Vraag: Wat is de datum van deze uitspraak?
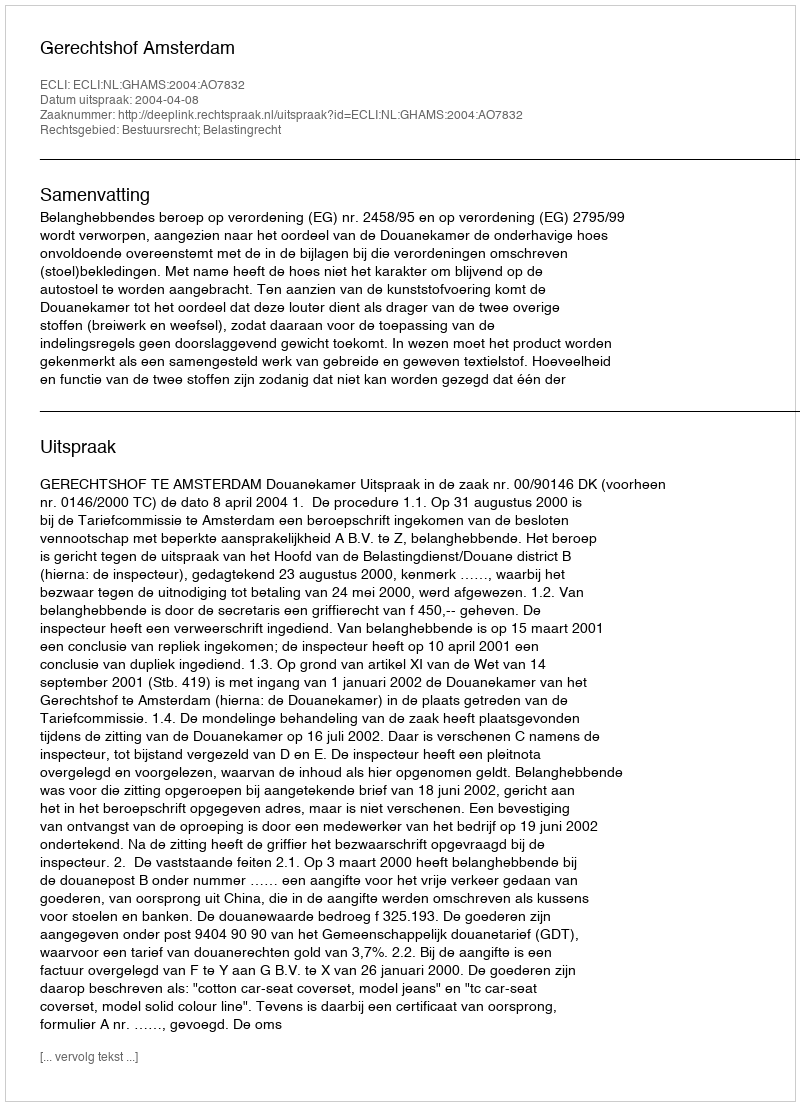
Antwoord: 2004-04-08